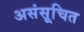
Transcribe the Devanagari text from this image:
असंसूचित